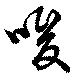
唆